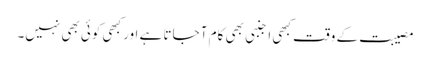
مصیبت کے وقت کبھی اجنبی بھی کام آ جاتا ہے اور کبھی کوئی بھی نہیں۔